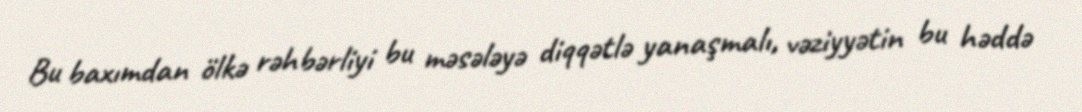
Bu baxımdan ölkə rəhbərliyi bu məsələyə diqqətlə yanaşmalı, vəziyyətin bu həddə